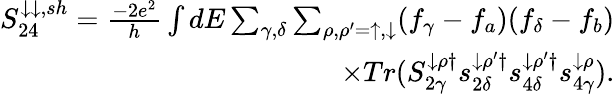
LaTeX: \begin{array}{r}{{S_{24}^{\downarrow\downarrow,sh}=\frac{-2e^{2}}{h}\int dE\sum_{\gamma,\delta}\sum_{\rho,\rho^{\prime}=\uparrow,\downarrow}(f_{\gamma}-f_{a})(f_{\delta}-f_{b})}}\\ {{\times Tr(S_{2\gamma}^{\downarrow\rho\dagger}s_{2\delta}^{\downarrow\rho^{\prime}\dagger}s_{4\delta}^{\downarrow\rho^{\prime}\dagger}s_{4\gamma}^{\downarrow\rho})}.}\end{array}